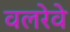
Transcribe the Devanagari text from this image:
वलरेवे